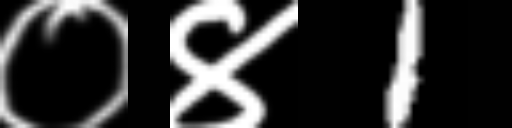
Text: ०४1